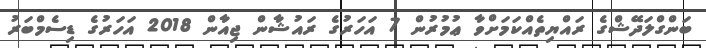
ބަންގްލަދޭޝްގެ ރައްޔިތެއްކަމަށްވާ ޢުމުރުން 7 އަހަރުގެ ރައުޝާން ޖިއާން 2018 އަހަރުގެ ޑިސެމްބަރު